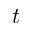
t